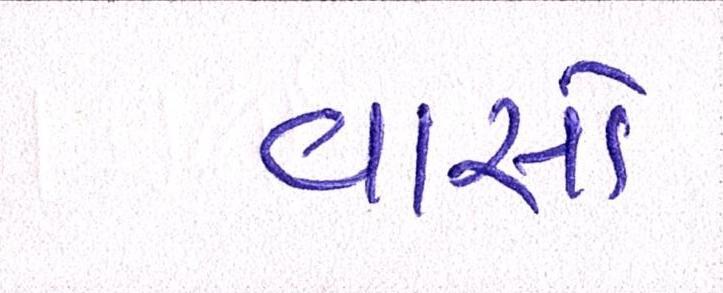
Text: વાસો